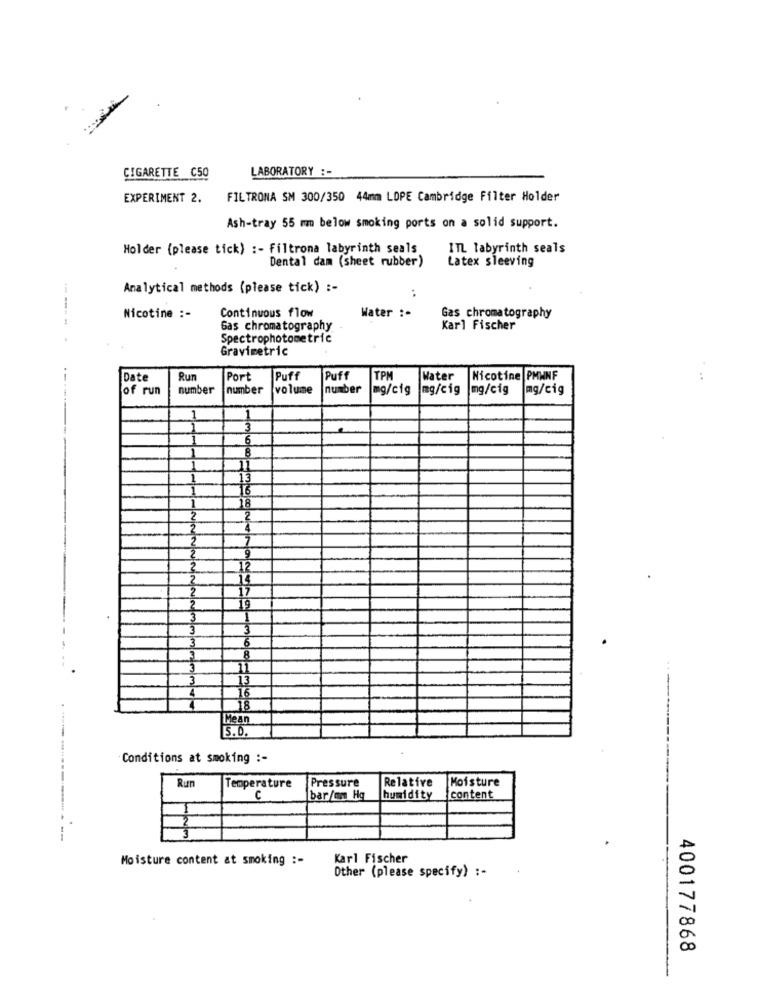
LABORATORY :-
CIGARETTE C50
EXPERIMENT 2.
FILTRONA SM 300/350 44mm LOPE Cambridge Filter Holder
Ash-tray 55 mm below smoking ports on a solid support.
Holder (please tick) :- Filtrona labyrinth seals
ITL labyrinth seals
Dental dam (sheet rubber)
Latex sleeving
Analytical methods (please tick) :-
---
Continuous flow
Nicotine :-
Water :-
Gas chromatography
Gas chromatography
Karl Fischer
Spectrophotometric
Gravimetric
Date
Run
Port
Puff
Puff
TPM
Water
Nicotine PMWNF
of run
number
number
volume
number
mg/cig
mg/cig
mg/cig
mg/cig
1
3
6
8
11
13
18
2
4
7
9
12
14
17
1
3
6
8
11
3
16
18
Mean
5.0.
Conditions at smoking :-
Pressure
Relative
Moisture
Run
Temperature
C
bar/mm Hg
humidity
content
------------ - --
Moisture content at smoking :-
Karl Fischer
Other (please specify) :-
400177868